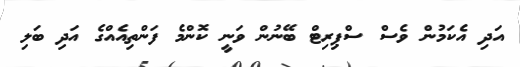
އަދި އެކަމުން ވެސް ސްޕިރިޓް ބޭނުން ވަނީ ކޮންމެ ފަންތިއެއްގެ އަދި ބަލި